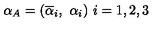
\alpha _ { A } = ( \overline { { \alpha } } _ { i } , \ \alpha _ { i } ) \ i = 1 , 2 , 3